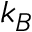
k _ { B }